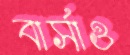
বার্সাও